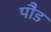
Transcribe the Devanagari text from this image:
पाैड